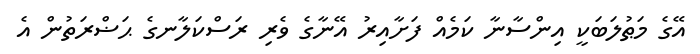
އޭގެ މަޠުލަބަކީ އިންސާނާ ކަމެއް ފަށާއިރު އޭނާގެ ވެރި ރަސްކަލާނގެ ޙަޟްރަތުން އެ